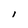
Character: l